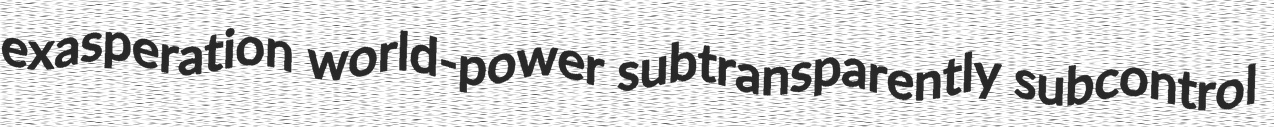
exasperation world-power subtransparently subcontrol